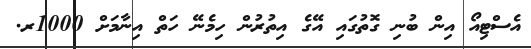
އެސްޓިއޯ އިން ބުނި ގޮތުގައި އޭގެ އިތުރުން ހިމެނޭ ހަތް އިނާމަށް 1000ރ.